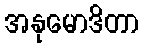
အနုမောဒိတာ